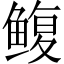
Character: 鳆